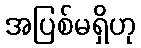
အပြစ်မရှိဟု